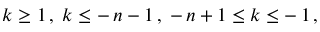
\: k \geq 1 \, , \; k \leq - \, n - 1 \, , \; - \, n + 1 \leq k \leq - \, 1 \, , \: